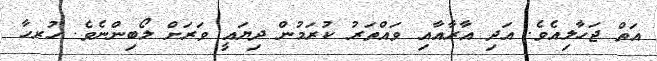
އަތް ޖަހާލިއެވެ. އަދި އާރާއާއި ވައްތަރު ކުރަމުން ދިޔައީ ވަރަށް ލޯބިންނެވެ. ހުރހާ